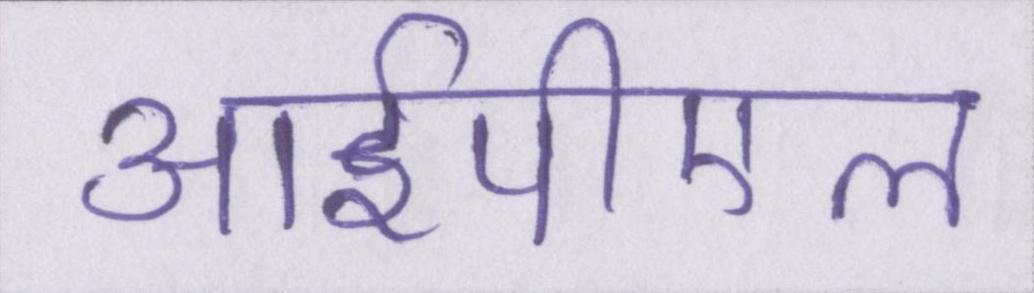
आईपीएल